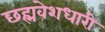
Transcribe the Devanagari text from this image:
छह्मवेशधारी